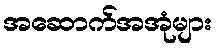
အဆောက်အအုံများ